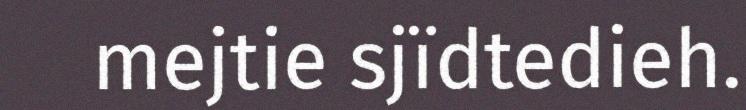
mejtie sjïdtedieh.